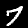
Digit: 7